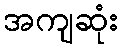
အကျဆုံး